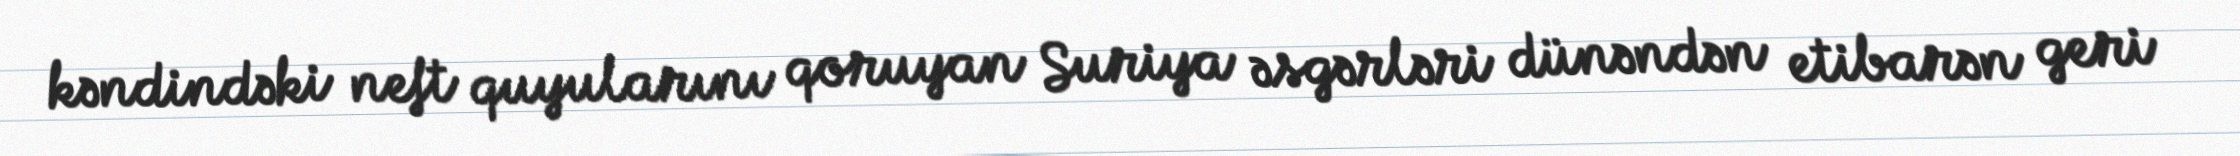
kəndindəki neft quyularını qoruyan Suriya əsgərləri dünəndən etibarən geri